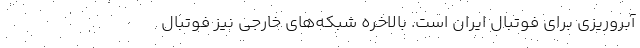
آبروریزی برای فوتبال ایران است. بالاخره شبکه‌های خارجی نیز فوتبال